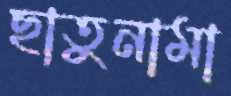
ছাতুনামা